Annual vaccination report of Bihar and Orissa - 1911-1928
Year: 1911
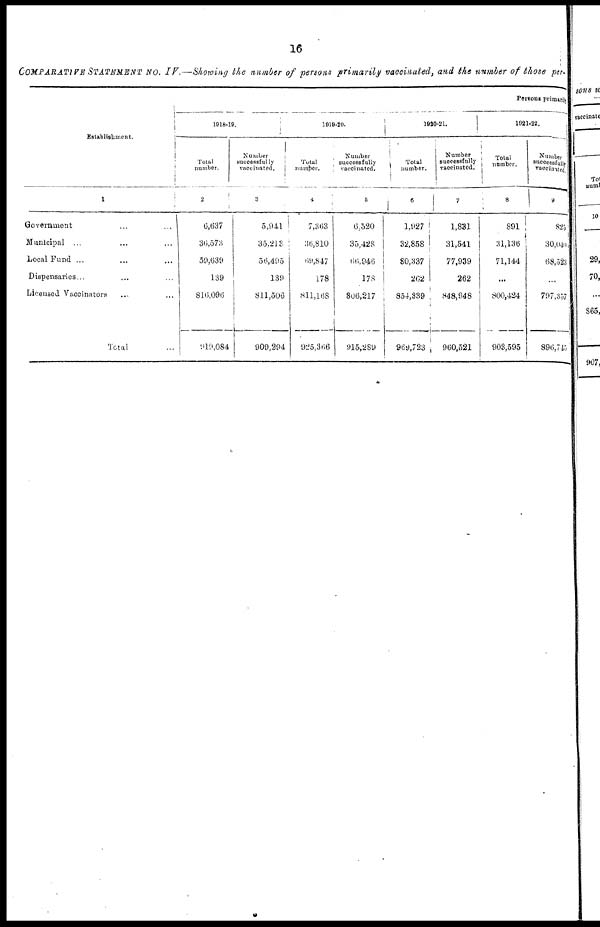
16
COMPARATIVE STATEMENT NO. IV.—Showing the number of persons primarily vaccinated, and the number of those per-
Establishment.
1
Government ... ... ...
Municipal ... ... ...
Local Fund ... ... ...
Dispensaries... ... ...
Licensed Vaccinators ...
Total ...
Persons primariy
1918-19.
Total
number.
2
6,637
36,573
59,639
139
816,096
919,084
Number
successfully
vaccinated.
3
5,941
35,213
56,495
139
811,506
909,294
1919-20.
Total
number.
4
7,303
36,810
69,847
178
811,168
925,366
Number
successfully
vaccinated.
5
6,520
35,428
66,946
178
806,217
915,289
1920-21.
Total
number.
6
1,927
32,858
80,337
262
854,339
969,723
Number
successfully
vaccinated.
7
1,831
31,541
77,939
262
848,948
960,521
1921-22.
Total
number.
8
891
31,136
71,144
...
800,424
903,595
Number
successfully
vaccinated.
9
825
30,040
68,523
...
797,357
896,745